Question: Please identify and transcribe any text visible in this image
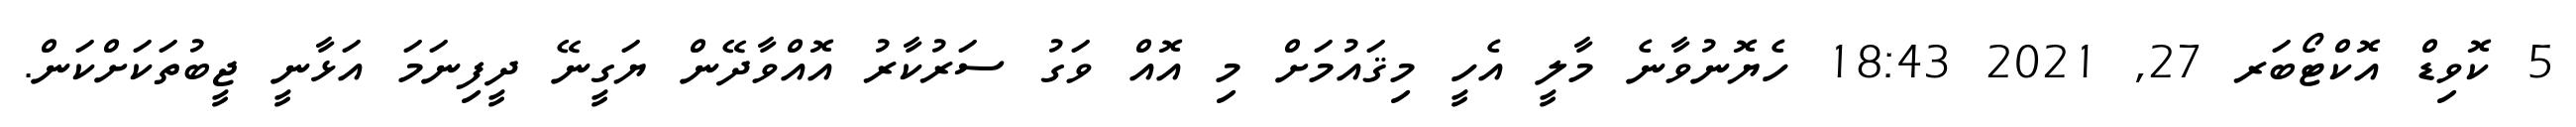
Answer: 5 ކޮވިޑް އޮކްޓޯބަރ 27, 2021 18:43 ހެޔޮނުވާނެ މާލީ އެހީ މިޤައުމަށް މި އޮއް ވަގު ސަރުކާރު އޮއްވާދޭން ޔަގީނޭ ދީފިނަމަ އަޅާނީ ޖީބުތަކަށްކަން.